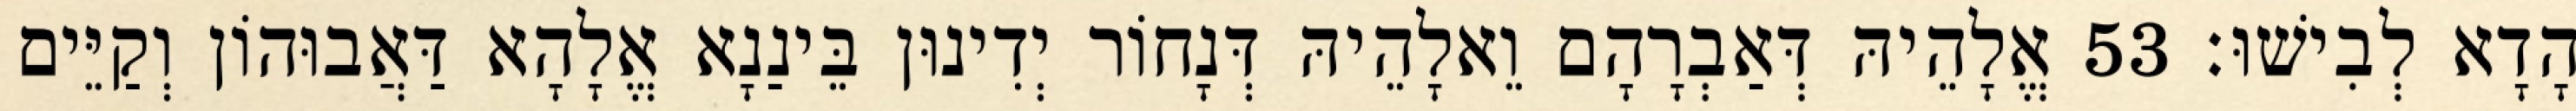
הָדָא לְבִישׁוּ׃ 53 אֱלָהֵיהּ דְּאַבְרָהָם וֵאלָהֵיהּ דְּנָחוֹר יְדִינוּן בֵּינַנָא אֱלָהָא דַּאֲבוּהוֹן וְקַיֵּים